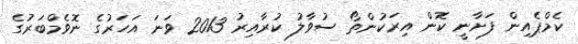
ކެމްޕެއިން ފަށާނީ ކޮން އިރަކުންތޯ ސުވާލު ކުރާއިރު 2013 ވަނަ އަހަރުގެ ނޮވެމްބަރުގެ